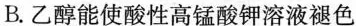
B.乙醇能使酸性高锰酸钾溶液褪色